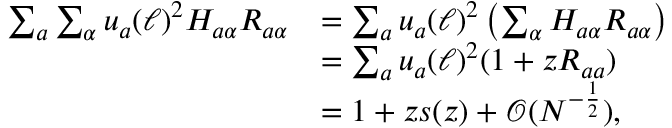
\begin{array} { r l } { \sum _ { a } \sum _ { \alpha } u _ { a } ( \ell ) ^ { 2 } H _ { a \alpha } R _ { a \alpha } } & { = \sum _ { a } u _ { a } ( \ell ) ^ { 2 } \left( \sum _ { \alpha } H _ { a \alpha } R _ { a \alpha } \right) } \\ & { = \sum _ { a } u _ { a } ( \ell ) ^ { 2 } ( 1 + z R _ { a a } ) } \\ & { = 1 + z s ( z ) + { \mathcal O } ( N ^ { - \frac { 1 } { 2 } } ) , } \end{array}